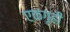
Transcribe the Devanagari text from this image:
एकगृही